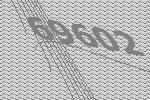
69602